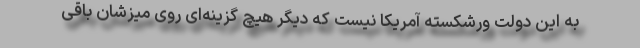
به این دولت ورشکسته آمریکا نیست که دیگر هیچ گزینه‌ای روی میزشان باقی